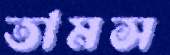
তামস